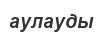
аулауды